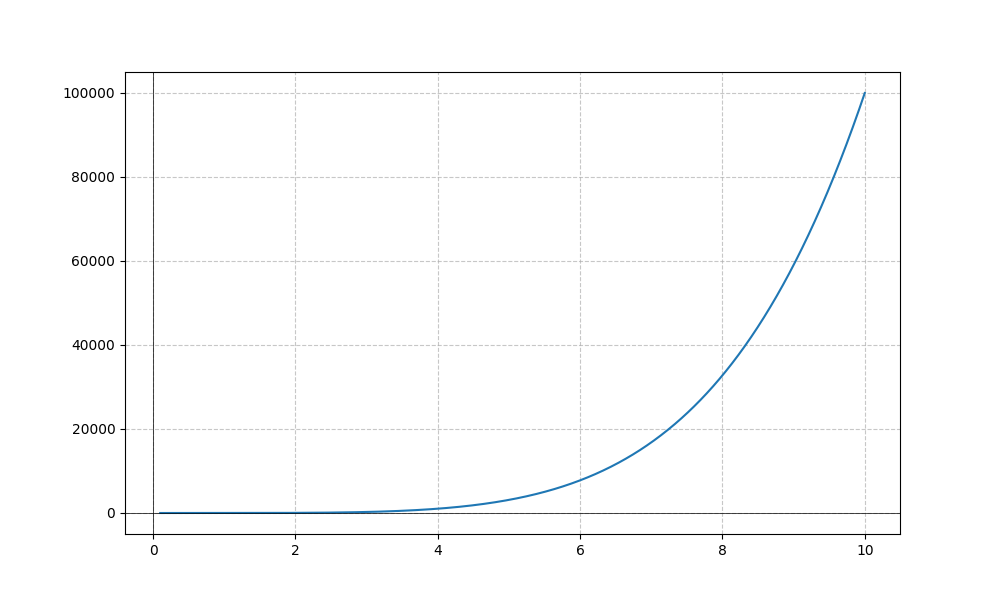
LaTeX formula: x^{5} - \operatorname{acot}{\left(x \right)}